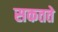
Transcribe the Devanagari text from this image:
सकतते